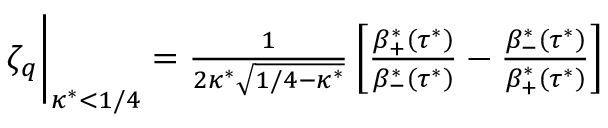
\begin{array} { r } { \zeta _ { q } \biggr \rvert _ { \kappa ^ { * } < 1 / 4 } = \frac { 1 } { 2 \kappa ^ { * } \sqrt { 1 / 4 - \kappa ^ { * } } } \left[ \frac { \beta _ { + } ^ { * } \left( \tau ^ { * } \right) } { \beta _ { - } ^ { * } \left( \tau ^ { * } \right) } - \frac { \beta _ { - } ^ { * } \left( \tau ^ { * } \right) } { \beta _ { + } ^ { * } \left( \tau ^ { * } \right) } \right] } \end{array}